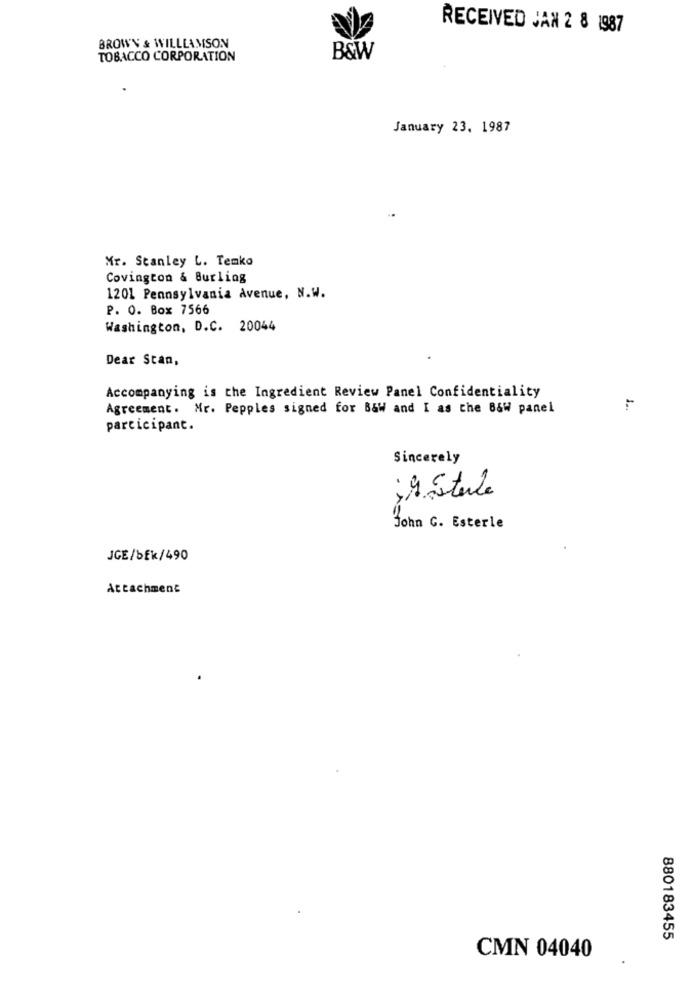
RECEIVED JAN 2 8 1987
BROWN & WILLIAMSON
TOBACCO CORPORATION
B&W
January 23. 1987
Mr. Stanley L. Temko
Covington & Burling
1201 Pennsylvania Avenue, N.W.
P. O. Box 7566
Washington, D.C. 20044
Dear Scan,
Accompanying is the Ingredient Review Panel Confidentiality
Agreement. Mr. Pepples signed for B&W and I as the B&W panel
participant.
Sincerely
-
9 Steile
John G. Esterle
JGE/SEK/490
Attachment
880183455
CMN 04040